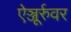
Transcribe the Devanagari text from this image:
ऐञ्जूर्रुवर